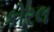
કોરલ